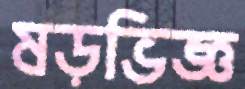
ষড়ভিজ্ঞ